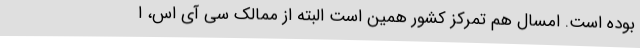
بوده است. امسال هم تمرکز کشور همین است البته از ممالک سی آی اس، ا